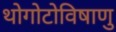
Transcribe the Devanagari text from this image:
थोगोटोविषाणु